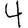
Digit: 4